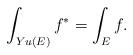
LaTeX: \begin{align*}\int_{Yu(E)}f^* = \int_Ef.\end{align*}